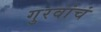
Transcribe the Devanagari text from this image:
गुरवांचं